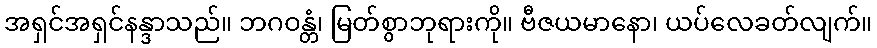
အရှင်အရှင်နန္ဒာသည်။ ဘဂဝန္တံ၊ မြတ်စွာဘုရားကို။ ဗီဇယမာနော၊ ယပ်လေခတ်လျက်။